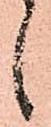
候